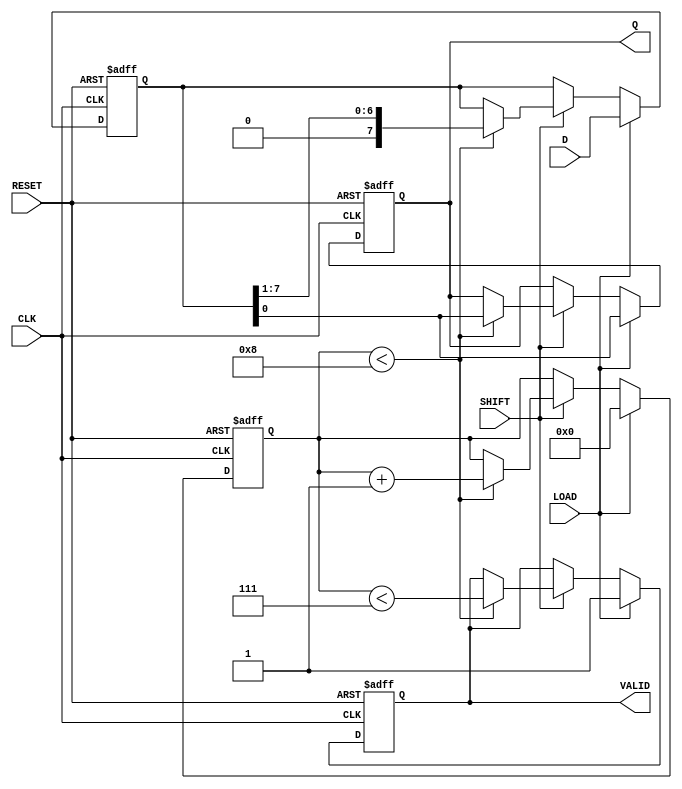
module PISO #(parameter n = 8) (
    input wire [n-1:0] D,         // Parallel data input
    input wire LOAD,              // Load signal
    input wire SHIFT,             // Shift signal
    input wire CLK,               // Clock signal
    input wire RESET,             // Reset signal
    output reg Q,                 // Serial output
    output reg VALID              // Shifted data valid signal
);

    reg [n-1:0] SR;               // Internal shift register
    reg [3:0] shift_count;        // Counter to track shifts

    always @(posedge CLK or posedge RESET) begin
        if (RESET) begin
            SR <= {n{1'b0}};       // Clear the shift register
            Q <= 1'b0;            // Reset serial output
            VALID <= 1'b0;        // Reset valid signal
            shift_count <= 4'b0;  // Reset shift count
        end else begin
            if (LOAD) begin
                SR <= D;           // Load parallel data into shift register
                Q <= SR[0];       // Set Q to the LSB
                VALID <= 1'b1;    // Indicate valid data
                shift_count <= 4'b0; // Reset shift counter
            end else if (SHIFT) begin
                if (shift_count < n) begin
                    Q <= SR[0];     // Output the LSB
                    SR <= {1'b0, SR[n-1:1]}; // Shift right by 1
                    VALID <= (shift_count < (n - 1)); // VALID until all bits are shifted
                    shift_count <= shift_count + 1; // Increment shift counter
                end
            end
        end
    end

endmodule